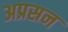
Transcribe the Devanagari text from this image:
अप्रसन